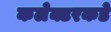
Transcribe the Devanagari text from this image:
कलेक्टरकडे